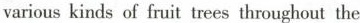
various kinds of fruit trees throughout the